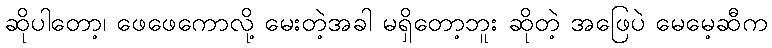
ဆိုပါတော့၊ ဖေဖေကောလို့ မေးတဲ့အခါ မရှိတော့ဘူး ဆိုတဲ့ အဖြေပဲ မေမေ့ဆီက